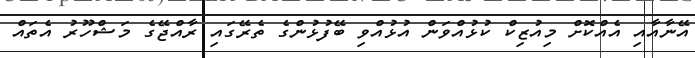
އޭނާއާއި އެއްކޮށް މިއުޒިކް ކުޅުއްވަން އުޅުއްވި ބޭފުޅުންގެ ތެރޭގައި ރާއްޖޭގެ މަޝްހޫރު އެތައް